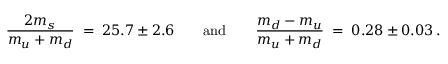
\frac { 2 m _ { s } } { m _ { u } + m _ { d } } \; = \; 2 5 . 7 \pm 2 . 6 \qquad \mathrm { a n d } \qquad \frac { m _ { d } - m _ { u } } { m _ { u } + m _ { d } } \; = \; 0 . 2 8 \pm 0 . 0 3 \, .